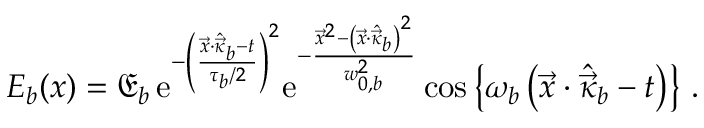
{ \cal E } _ { b } ( x ) = { \mathfrak E } _ { b } \, \mathrm { e } ^ { - \left( \frac { \vec { x } \cdot \hat { \vec { \kappa } } _ { b } - t } { \tau _ { b } / 2 } \right) ^ { 2 } } \mathrm { e } ^ { - \frac { \vec { x } ^ { 2 } - \left( \vec { x } \cdot \hat { \vec { \kappa } } _ { b } \right) ^ { 2 } } { w _ { 0 , b } ^ { 2 } } } \cos \left\{ \omega _ { b } \left( \vec { x } \cdot \hat { \vec { \kappa } } _ { b } - t \right) \right\} \, .